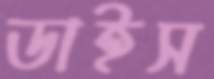
ডাইস